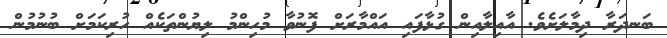
ބަނދަރާ ދިމާލަށެވެ. އާއިލާއިން ގުޅާފައި އައްމާރަށް ފޮނުވާ މުހިންމު ލިޔުންތަކެއް ހުރިކަމަށް ބުނުމުން